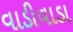
વાડીવાડા